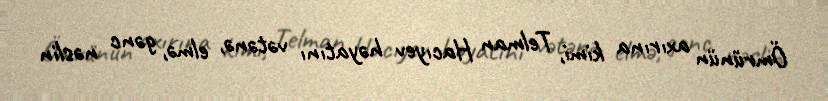
Ömrünün axırına kimi, Telman Hacıyev həyatını vətənə, elmə, gənc nəslin